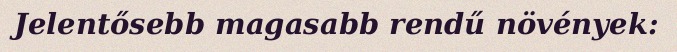
Jelentősebb magasabb rendű növények: